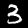
Digit: 3